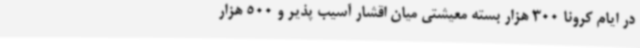
در ایام کرونا 300 هزار بسته معیشتی میان اقشار آسیب پذیر و 500 هزار